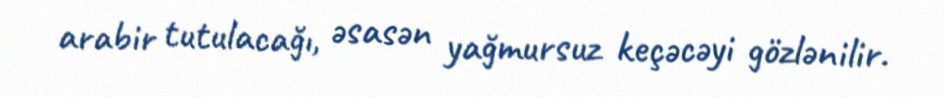
arabir tutulacağı, əsasən yağmursuz keçəcəyi gözlənilir.